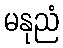
မနုညံ